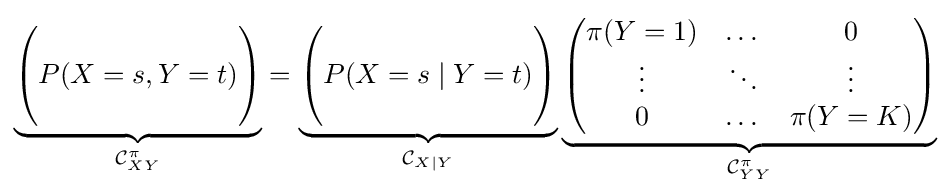
\underbrace {\begin{pmatrix}\\P(X=s,Y=t)\\\\\end{pmatrix}} _{{\mathcal {C}}_{XY}^{\pi }}=\underbrace {\begin{pmatrix}\\P(X=s\mid Y=t)\\\\\end{pmatrix}} _{{\mathcal {C}}_{X\mid Y}}\underbrace {\begin{pmatrix}\pi (Y=1)&\dots &0\\\vdots &\ddots &\vdots \\0&\dots &\pi (Y=K)\\\end{pmatrix}} _{{\mathcal {C}}_{YY}^{\pi }}